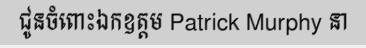
ជូនចំពោះឯកឧត្តម Patrick Murphy នា